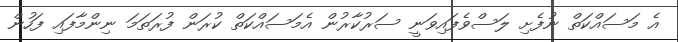
އެ މަސައްކަތް ނުފެށި ލަސްވެފައިވަނީ ސަރުކާރުން އެމަސައްކަތް ކުރަން ފުރަތަމަ ނިންމާފައި ފަހުން